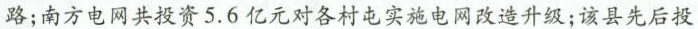
路；南方电网共投资5.6亿元对各村电实施电网改造升级；该县先后投